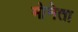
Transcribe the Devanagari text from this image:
मोनेता